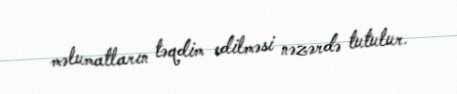
məlumatların təqdim edilməsi nəzərdə tutulur.